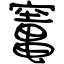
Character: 竃